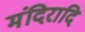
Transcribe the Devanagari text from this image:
मंदिरादि